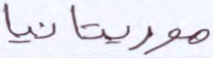
موريتانيا